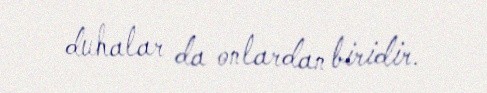
duhalar da onlardan biridir.